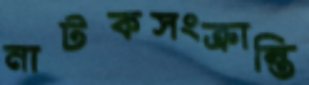
নাটকসংক্রান্তি